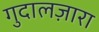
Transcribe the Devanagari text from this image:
गुदालज़ारा